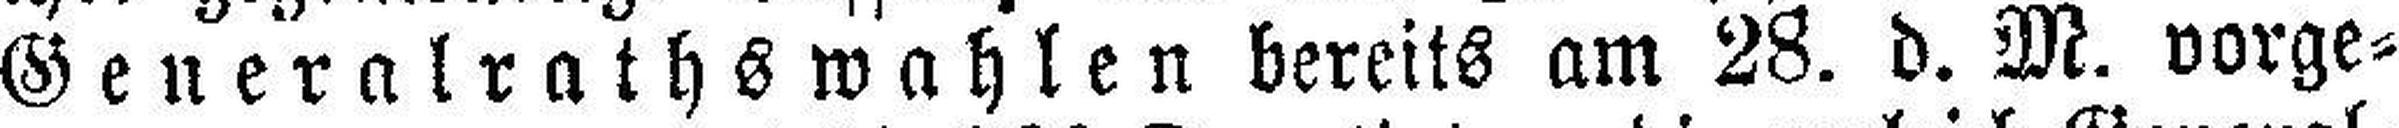
Generalraths wahlen bereits am 28. d. M. vorge¬